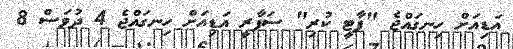
އަޑިއަށް ހިނގައްޖެ "ޕާޓީ ކުރި" ސަފާރީ އަޑިއަށް ހިނގައްޖެ 4 ދުވަސް 8